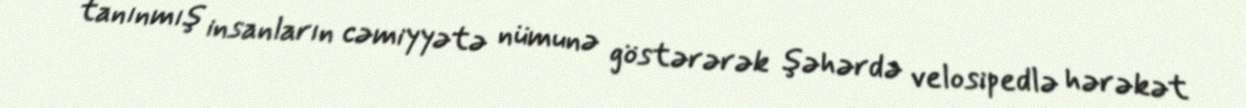
tanınmış insanların cəmiyyətə nümunə göstərərək şəhərdə velosipedlə hərəkət